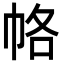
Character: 𭘞